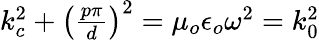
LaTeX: \begin{array}{r}{k_{c}^{2}+\left(\frac{p\pi}{d}\right)^{2}=\mu_{o}\epsilon_{o}\omega^{2}=k_{0}^{2}}\end{array}